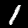
Digit: 1